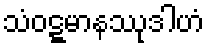
သံဝဋ္ဋမာနဿုဒါဟံ